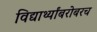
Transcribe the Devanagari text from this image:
विद्यार्थ्यांबरोबरच